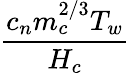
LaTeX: \frac{c_{n}m_{c}^{2/3}T_{w}}{H_{c}}